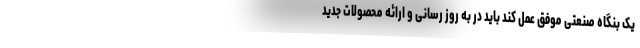
یک بنگاه صنعتی موفق عمل کند باید در به روز رسانی و ارائه محصولات جدید